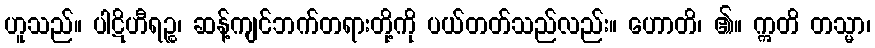
ဟူသည်။ ပါဋိဟီရဉ္စ၊ ဆန့်ကျင်ဘက်တရားတို့ကို ပယ်တတ်သည်လည်း။ ဟောတိ၊ ၏။ ဣတိ တသ္မာ၊